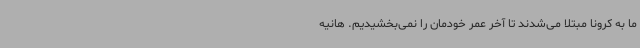
ما به کرونا مبتلا می‌شدند تا آخر عمر خودمان را نمی‌بخشیدیم. هانیه